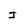
Character: J